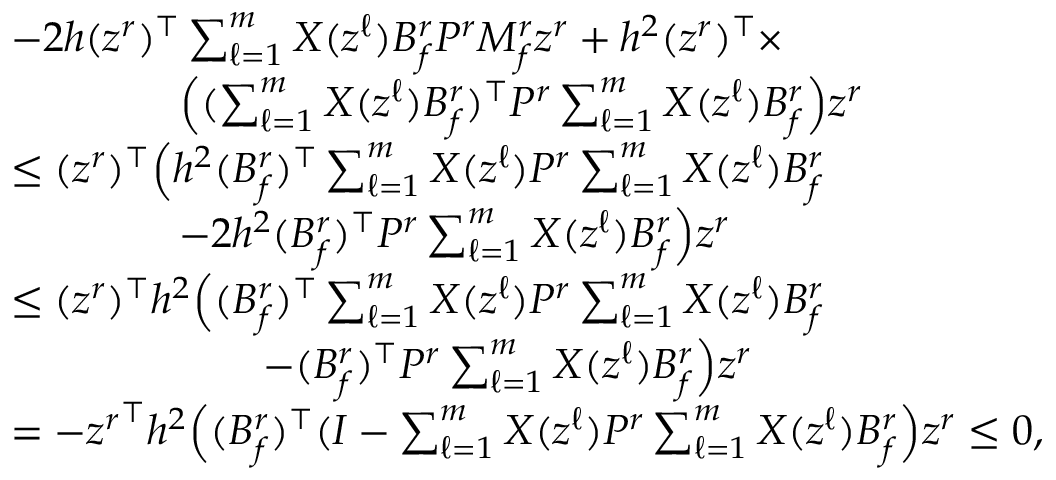
\begin{array} { r l } & { - 2 h ( z ^ { r } ) ^ { \top } \textstyle \sum _ { \ell = 1 } ^ { m } X ( z ^ { \ell } ) B _ { f } ^ { r } P ^ { r } M _ { f } ^ { r } z ^ { r } + h ^ { 2 } ( z ^ { r } ) ^ { \top } \times } \\ & { \qquad \qquad \Big ( ( \textstyle \sum _ { \ell = 1 } ^ { m } X ( z ^ { \ell } ) B _ { f } ^ { r } ) ^ { \top } P ^ { r } \textstyle \sum _ { \ell = 1 } ^ { m } X ( z ^ { \ell } ) B _ { f } ^ { r } \Big ) z ^ { r } } \\ & { \leq ( z ^ { r } ) ^ { \top } \Big ( h ^ { 2 } ( B _ { f } ^ { r } ) ^ { \top } \textstyle \sum _ { \ell = 1 } ^ { m } X ( z ^ { \ell } ) P ^ { r } \textstyle \sum _ { \ell = 1 } ^ { m } X ( z ^ { \ell } ) B _ { f } ^ { r } } \\ & { ~ ~ ~ ~ ~ ~ ~ ~ ~ ~ ~ ~ - 2 h ^ { 2 } ( B _ { f } ^ { r } ) ^ { \top } P ^ { r } \textstyle \sum _ { \ell = 1 } ^ { m } X ( z ^ { \ell } ) B _ { f } ^ { r } \Big ) z ^ { r } } \\ & { \leq ( z ^ { r } ) ^ { \top } h ^ { 2 } \Big ( ( B _ { f } ^ { r } ) ^ { \top } \textstyle \sum _ { \ell = 1 } ^ { m } X ( z ^ { \ell } ) P ^ { r } \textstyle \sum _ { \ell = 1 } ^ { m } X ( z ^ { \ell } ) B _ { f } ^ { r } } \\ & { ~ ~ ~ ~ ~ ~ ~ ~ ~ ~ ~ ~ ~ ~ ~ ~ ~ ~ - ( B _ { f } ^ { r } ) ^ { \top } P ^ { r } \textstyle \sum _ { \ell = 1 } ^ { m } X ( z ^ { \ell } ) B _ { f } ^ { r } \Big ) z ^ { r } } \\ & { = - { z ^ { r } } ^ { \top } h ^ { 2 } \Big ( ( B _ { f } ^ { r } ) ^ { \top } ( I - \textstyle \sum _ { \ell = 1 } ^ { m } X ( z ^ { \ell } ) P ^ { r } \textstyle \sum _ { \ell = 1 } ^ { m } X ( z ^ { \ell } ) B _ { f } ^ { r } \Big ) z ^ { r } \leq 0 , } \end{array}